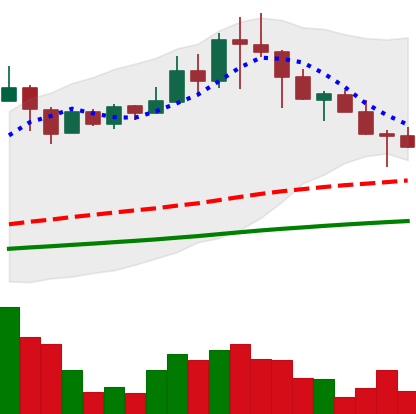
Ticker: TRX-USD
Chart end date: 2021-04-24
Forward return: 18.07%
Label: up_7plus